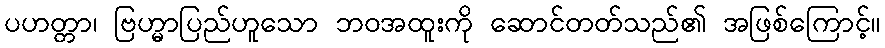
ပဟတ္တာ၊ ဗြဟ္မာပြည်ဟူသော ဘဝအထူးကို ဆောင်တတ်သည်၏ အဖြစ်ကြောင့်။